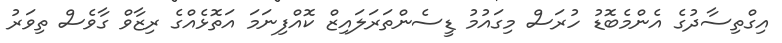
އިގްތިސާދުގެ އެންމެބޮޑު ހުރަސް މިގައުމު ޑީސެންތަރަލައިޒް ކޮއްފިނަމަ އަތޮޅެއްގެ ރިޒާވް ގާވެސް ތިވަރު